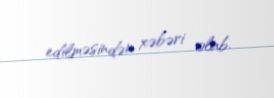
edilməsindən xəbəri olub.